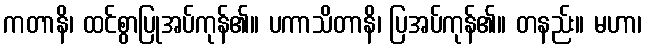
ကတာနိ၊ ထင်စွာပြုအပ်ကုန်၏။ ပကာသိတာနိ၊ ပြအပ်ကုန်၏။ တနည်း။ မဟာ၊